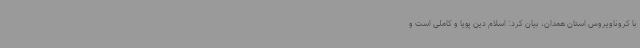
با کروناویروس استان همدان، بیان کرد: اسلام دین پویا و کاملی است و